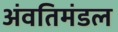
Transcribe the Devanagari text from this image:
अंवतिमंडल